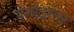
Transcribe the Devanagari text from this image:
वेलोड्रोम्स